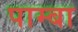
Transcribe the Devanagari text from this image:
पाम्बा